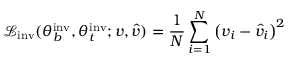
\mathcal { L } _ { \mathrm { { i n v } } } ( \theta _ { b } ^ { \mathrm { { i n v } } } , \theta _ { t } ^ { \mathrm { { i n v } } } ; v , \hat { v } ) = \frac { 1 } { N } \sum _ { i = 1 } ^ { N } \left( v _ { i } - \hat { v } _ { i } \right) ^ { 2 }